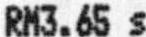
RM3.65 S